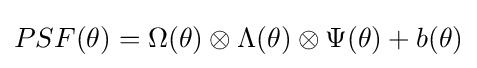
PSF(\theta )=\Omega (\theta )\otimes \Lambda (\theta )\otimes \Psi (\theta )+b(\theta )